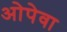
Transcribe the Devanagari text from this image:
ओपेवा